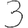
Digit: 3